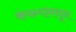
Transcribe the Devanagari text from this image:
कंपन्यांमधून